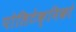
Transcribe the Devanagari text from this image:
पोलिटेक्निको